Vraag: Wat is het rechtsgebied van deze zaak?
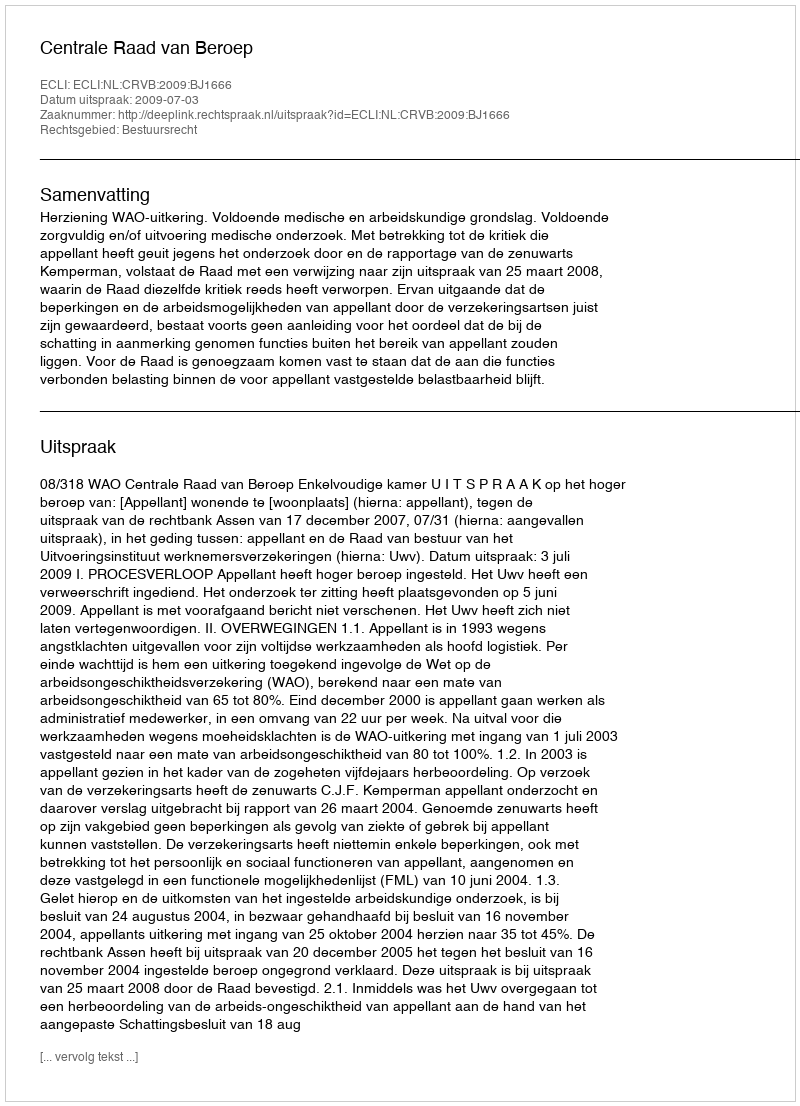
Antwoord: Bestuursrecht